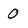
Character: 0